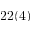
2 2 ( 4 )